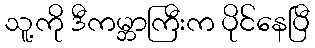
သူ့ကို ဒီကမ္ဘာကြီးက ပိုင်နေပြီ